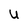
Character: U